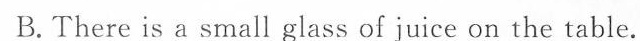
B.There is a small glass of juice on the table.